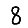
Digit: 8